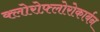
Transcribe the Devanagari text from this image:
क्लोरोफ़्लोरोकार्बन